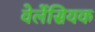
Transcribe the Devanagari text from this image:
वेलेंसियक